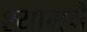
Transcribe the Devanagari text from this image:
श्यामचे